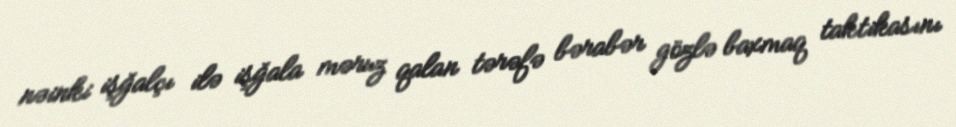
nəinki işğalçı ilə işğala məruz qalan tərəfə bərabər gözlə baxmaq taktikasını